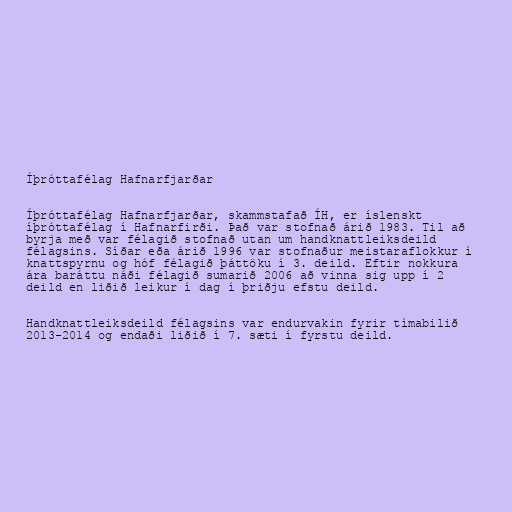
Íþróttafélag Hafnarfjarðar

Íþróttafélag Hafnarfjarðar, skammstafað ÍH, er íslenskt
íþróttafélag í Hafnarfirði. Það var stofnað árið 1983. Til að
byrja með var félagið stofnað utan um handknattleiksdeild
félagsins. Síðar eða árið 1996 var stofnaður meistaraflokkur í
knattspyrnu og hóf félagið þáttöku í 3. deild. Eftir nokkura
ára baráttu náði félagið sumarið 2006 að vinna sig upp í 2
deild en liðið leikur í dag í þriðju efstu deild.

Handknattleiksdeild félagsins var endurvakin fyrir tímabilið
2013-2014 og endaði liðið í 7. sæti í fyrstu deild.